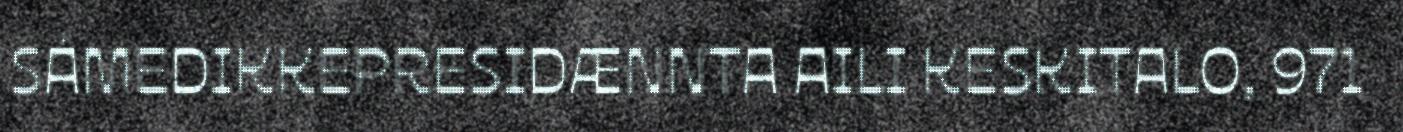
SÁMEDIKKEPRESIDÆNNTA AILI KESKITALO, 971